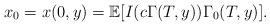
LaTeX: \begin{align*} x_0=x(0,y)=\mathbb{E}[I(c\Gamma(T,y))\Gamma_0(T,y)].\end{align*}